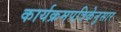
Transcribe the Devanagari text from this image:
कार्यक्रमपत्रिकेनुसार